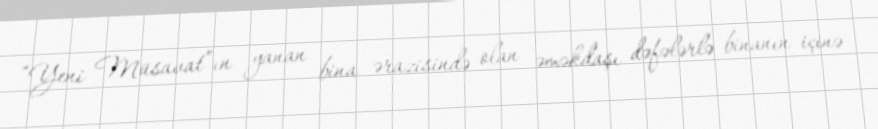
“Yeni Müsavat”ın yanan bina ərazisində olan əməkdaşı dəfələrlə binanın içinə